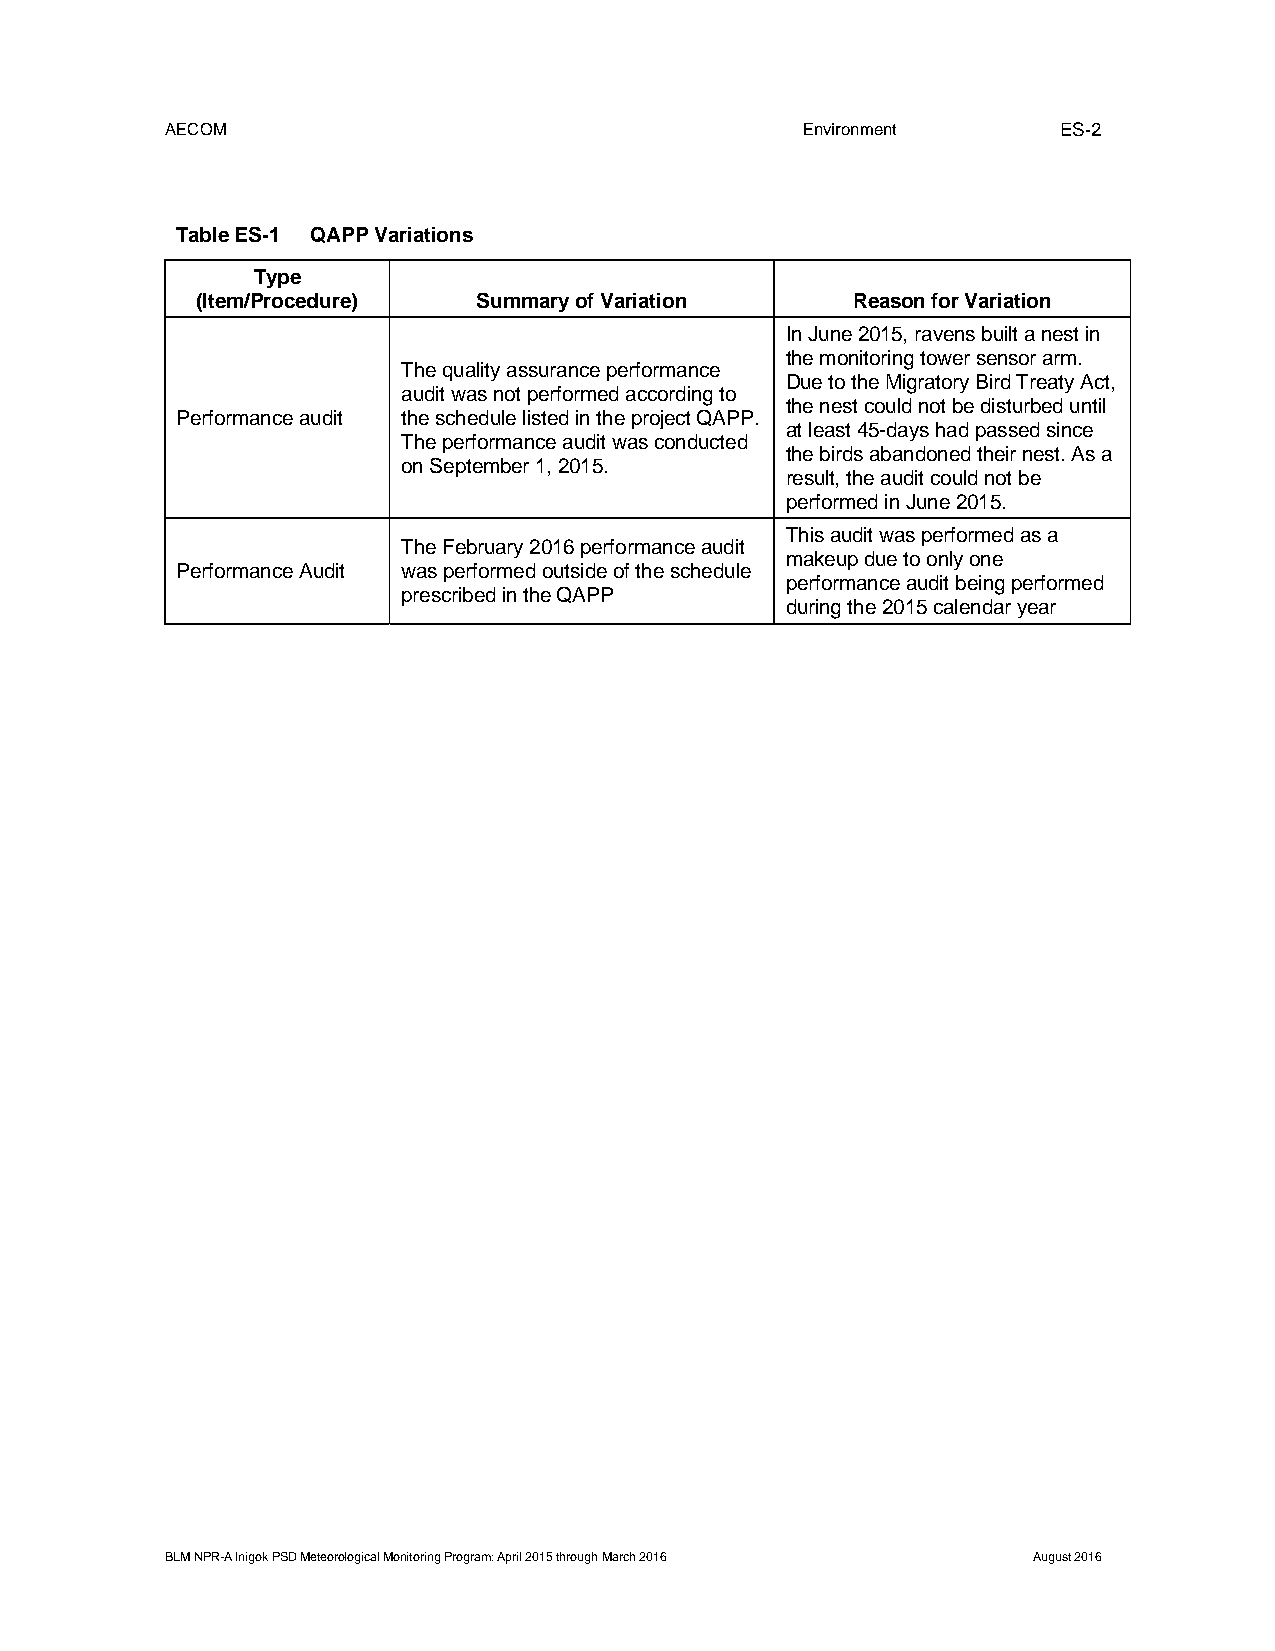
AECOM                                     Environment      ES-2
 Table ES-1 QAPP Variations
 Type
 (Item/Procedure)   Summary of Variation    Reason for Variation
 In June 2015, ravens built a nest in
 the monitoring tower sensor arm.
 The quality assurance performance
 Due to the Migratory Bird Treaty Act,
 audit was not performed according to
 the nest could not be disturbed until
 Performance audit the schedule listed in the project QAPP.
 at least 45-days had passed since
 The performance audit was conducted
 the birds abandoned their nest. As a
 on September 1, 2015.
 result, the audit could not be
 performed in June 2015.
 This audit was performed as a
 The February 2016 performance audit
 makeup due to only one
 Performance Audit was performed outside of the schedule
 performance audit being performed
 prescribed in the QAPP
 during the 2015 calendar year
 BLM NPR-A Inigok PSD Meteorological Monitoring Program: April 2015 through March 2016 August 2016